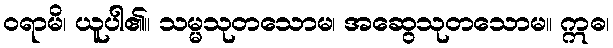
ဝရာမိ၊ ယူပါ၏။ သမ္မသုတသောမ၊ အဆွေသုတသောမ။ ဣဓ၊